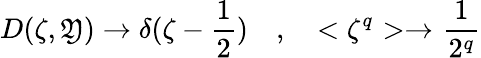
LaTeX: D(\zeta,\mathfrak{Y})\to\delta(\zeta-\frac{{1}}{{2}})\quad,\quad<\zeta^{q}>\to\frac{{1}}{{2^{q}}}